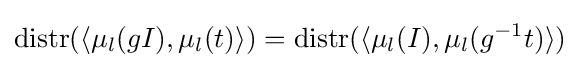
\operatorname {distr} (\langle \mu _{l}(gI),\mu _{l}(t)\rangle )=\operatorname {distr} (\langle \mu _{l}(I),\mu _{l}(g^{-1}t)\rangle )